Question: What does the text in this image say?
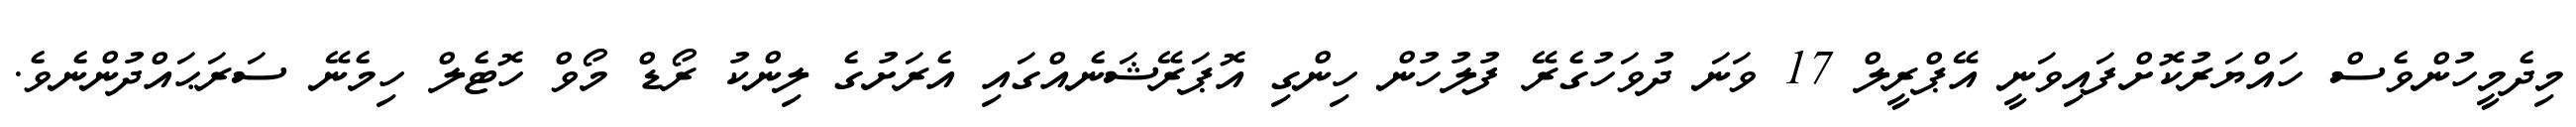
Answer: މިދެމީހުންވެސް ހައްޔަރުކޮށްފައިވަނީ އޭޕްރީލް 17 ވަނަ ދުވަހުގެރޭ ފުލުހުން ހިންގި އޮޕަރޭޝަނެއްގައި އެރަށުގެ ލިންކު ރޯޑް މޯވް ހޮޓެލް ހިމެނޭ ސަރަޙައްދުންނެވެ.